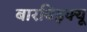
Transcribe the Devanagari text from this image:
बारबिइक्यू